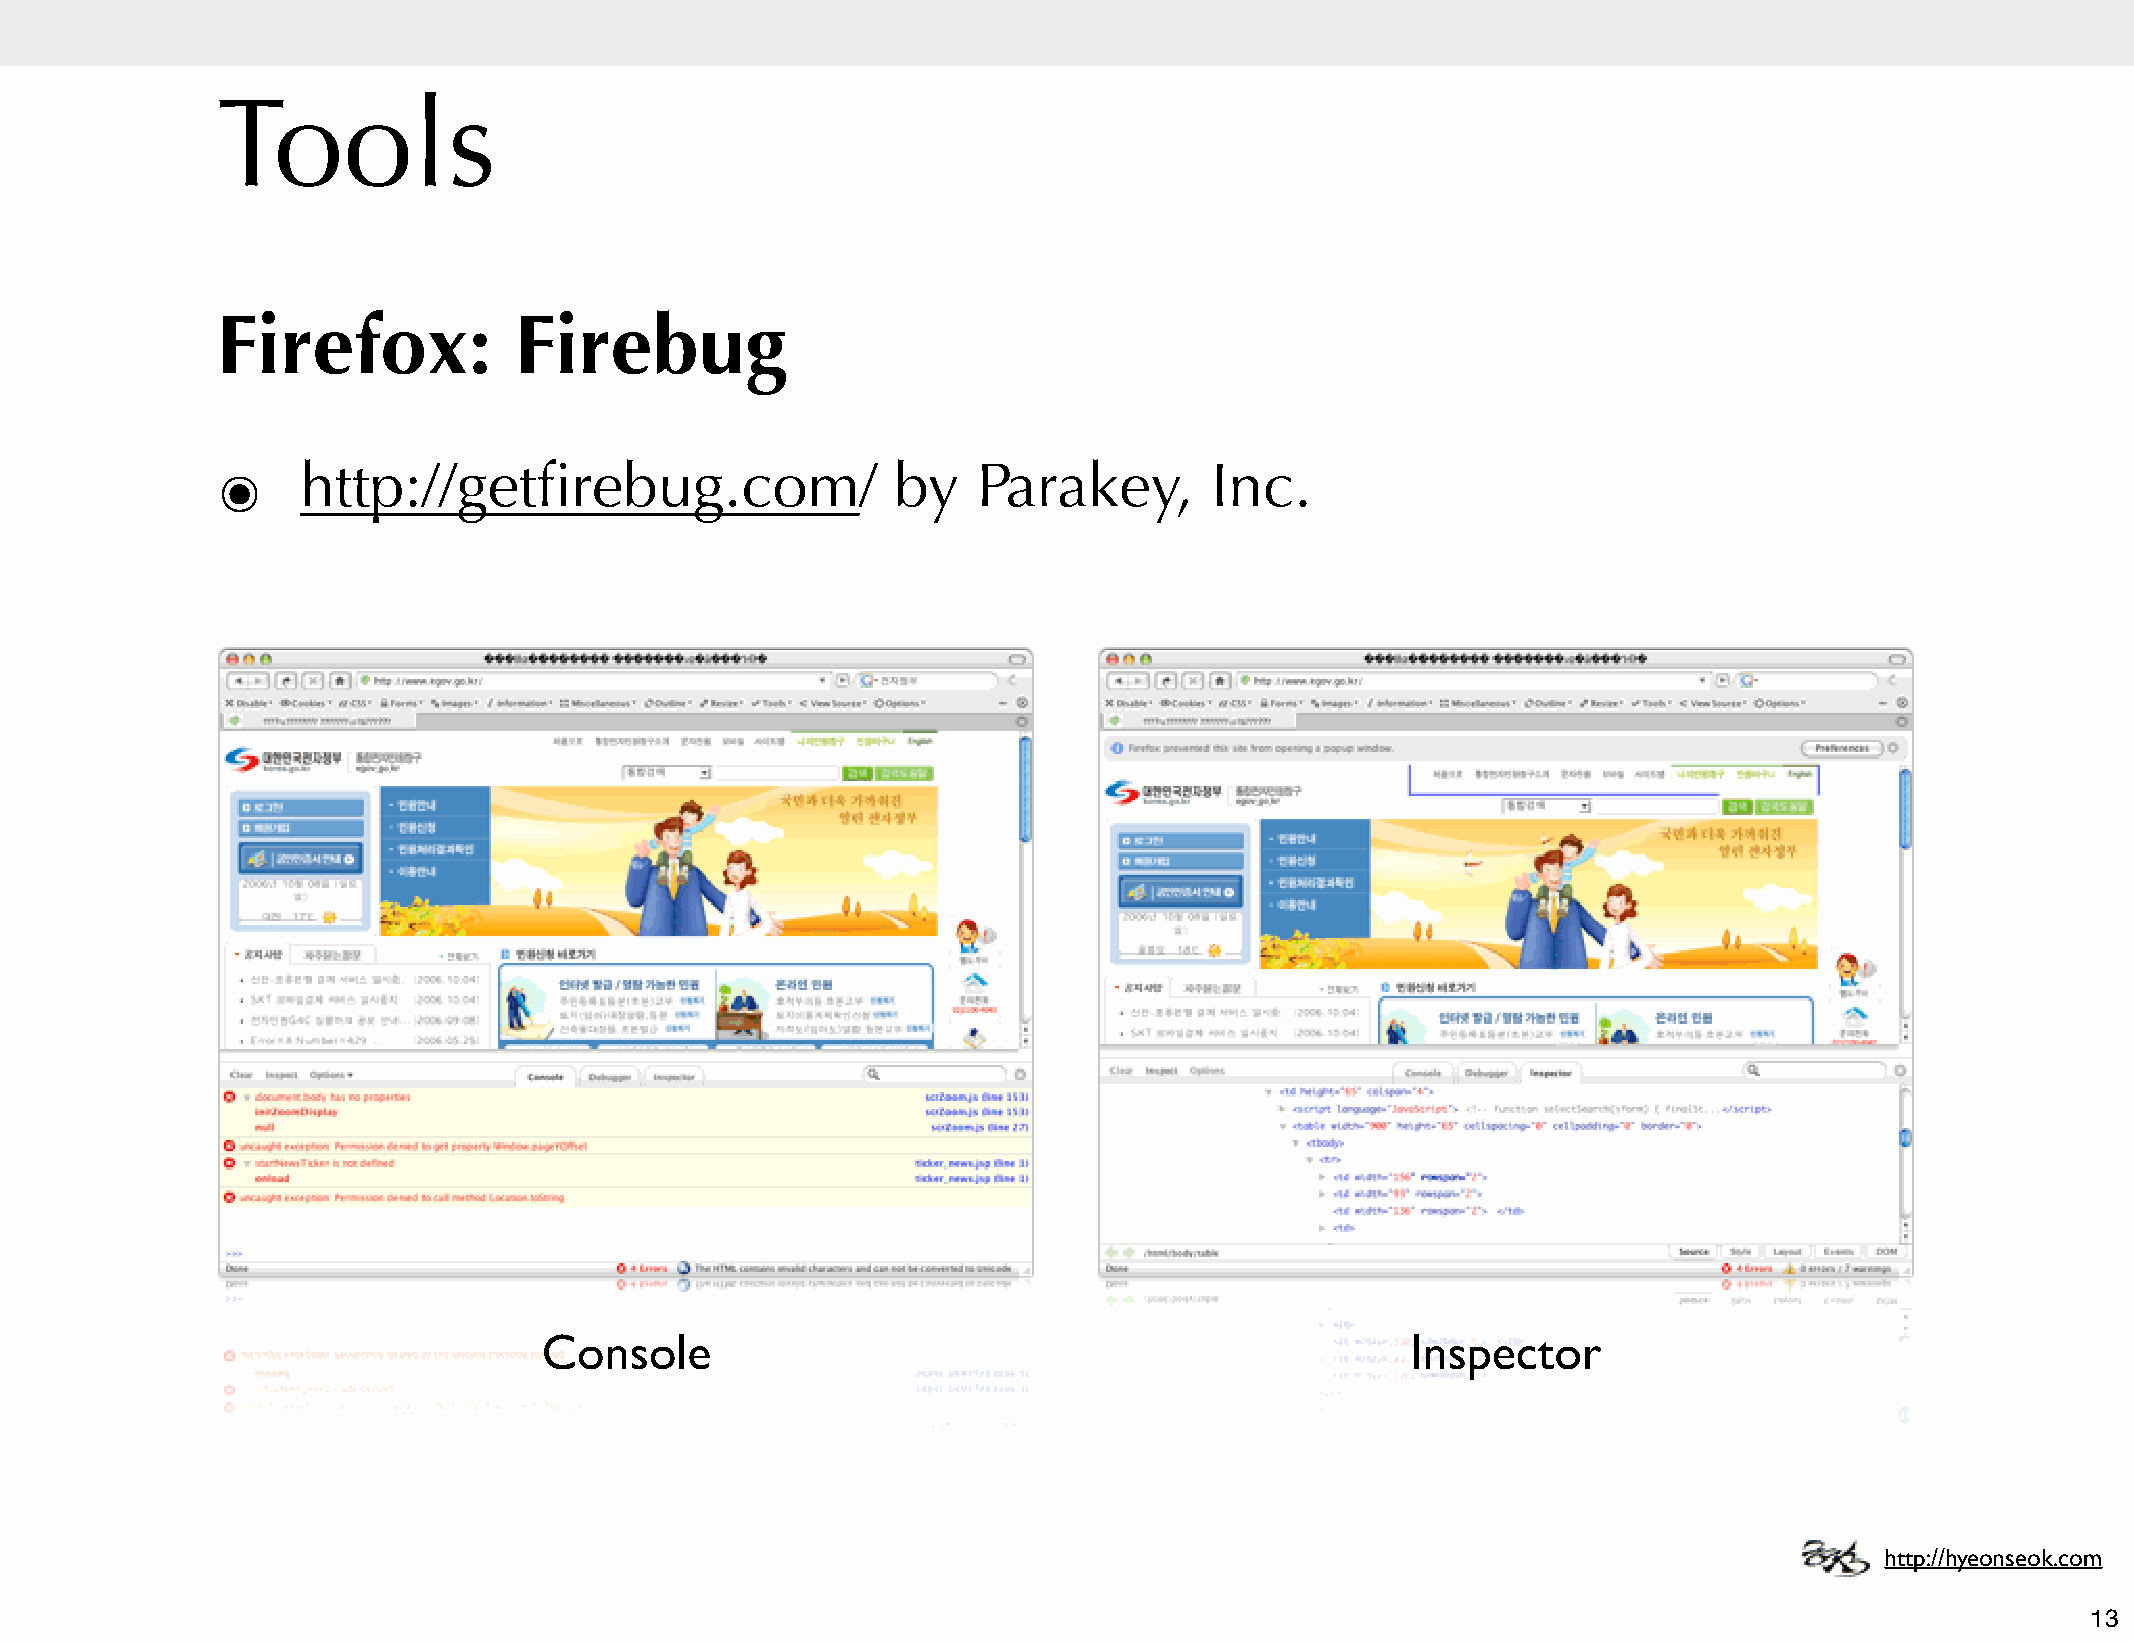
Tools
 Firefox:            Firebug
 ๏     http://getfirebug.com/                 by    Parakey,       Inc.
 Console                                                  Inspector
 http://hyeonseok.com
 13